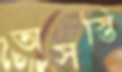
অসস্তি